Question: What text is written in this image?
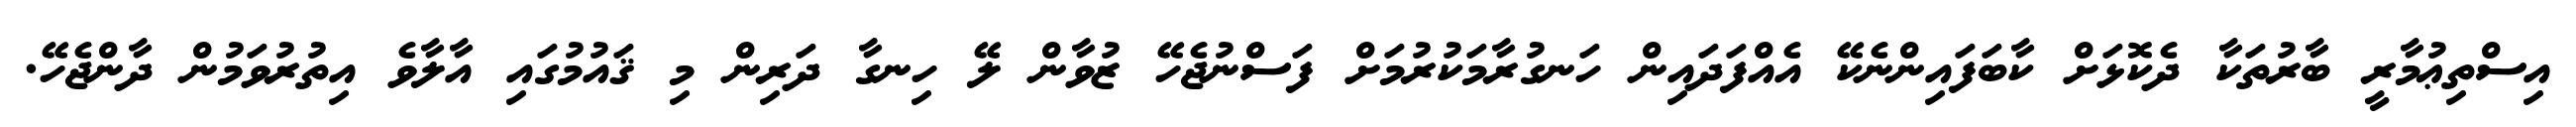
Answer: އިސްތިޢުމާރީ ބާރުތަކާ ދެކޮޅަށް ކާބަފައިންނެކޭ އެއްފަދައިން ހަނގުރާމަކުރުމަށް ފަސްނުޖެހޭ ޒުވާން ލޭ ހިނގާ ދަރިން މި ޤައުމުގައި އާލާވެ އިތުރުވަމުން ދާންޖެހޭ.